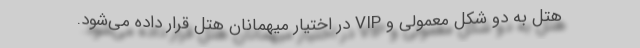
هتل به دو شکل معمولی و VIP در اختیار میهمانان هتل قرار داده می‌شود.